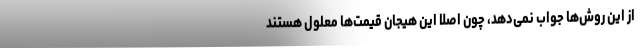
از این روش‌ها جواب نمی‌دهد، چون اصلا این هیجان قیمت‌ها معلول هستند